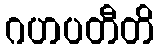
ဂဟပတီတိ